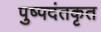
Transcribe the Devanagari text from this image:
पुष्पदंतकृत